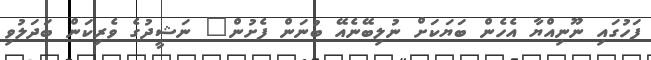
ފަހުގައި ނޫނިއްޔާ އެހެން ބަޔަކަށް ނުލިބޭނެއޭ ބުނަން ފެށުން" ނަޝީދުގެ ވެރިކަން ބަދަލުވި